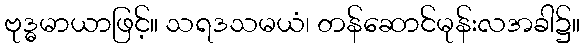
ဗုဒ္ဓမာယာဖြင့်။ သရဒသမယံ၊ တန်ဆောင်မုန်းလအခါ၌။